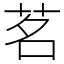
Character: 茗